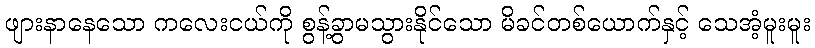
ဖျားနာနေသော ကလေးငယ်ကို စွန့်ခွာမသွားနိုင်သော မိခင်တစ်ယောက်နှင့် သေအံ့မူးမူး